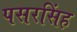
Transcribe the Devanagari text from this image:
पसरसिंह